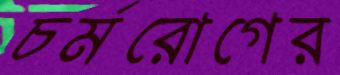
চর্মরোগের